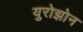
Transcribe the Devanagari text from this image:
युरोझोन